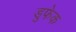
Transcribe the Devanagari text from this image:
डुफेक